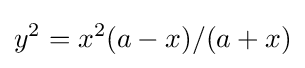
y^{2}=x^{2}(a-x)/(a+x)